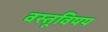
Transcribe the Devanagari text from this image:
वस्तूविषय